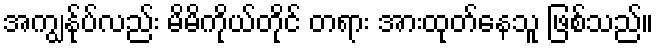
အကျွန်ုပ်လည်း မိမိကိုယ်တိုင် တရား အားထုတ်နေသူ ဖြစ်သည်။